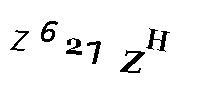
Z621ZH